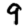
Digit: 9